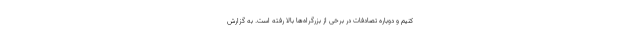
کنیم و دوباره تصادفات در برخی از بزرگراه‌ها بالا رفته است. به گزارش